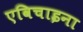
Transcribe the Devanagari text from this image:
एविचाइना